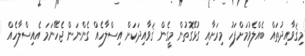
މިޤަވާއިދުތައް ބެއްލެވުމަށްފަހު މިރަށާއި ގުޅޭގޮތުން މީގެން ޤަވާއިދަކަށް އިސްލާހެއް ގެންނަން ޖެހޭނަމަ އެއިސްލާހެއް